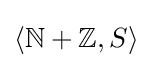
\langle {\mathbb {N} }+{\mathbb {Z} },S\rangle